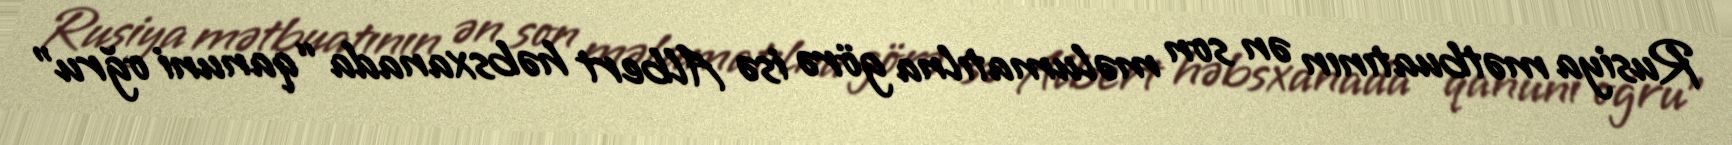
Rusiya mətbuatının ən son məlumatılna görə isə Albert həbsxanada “qanuni oğru”